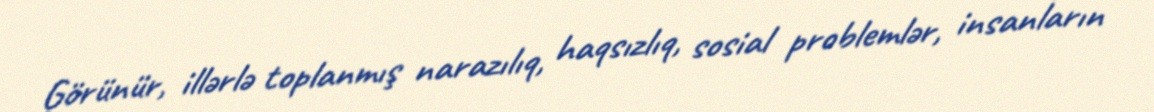
Görünür, illərlə toplanmış narazılıq, haqsızlıq, sosial problemlər, insanların